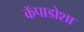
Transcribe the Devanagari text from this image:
कॅपाडोशा